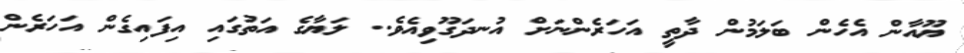
ޔޫއާން އެހެން ބަލަމުން ދާތީ އަހަރެންނަށް އުނދަގޫވިއެވެ.. ލަޔާގެ އަތުގައި އިފައިގެން އަހަރެން